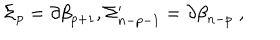
LaTeX: \Sigma _ { p } = \partial \mathcal { \beta } _ { p + 1 } , \Sigma _ { n - p - 1 } ^ { \prime } = \partial \mathcal { \beta } _ { n - p } \; ,